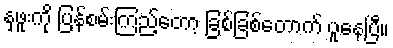
နှဖူးကို ပြန်စမ်းကြည့်တော့ ခြစ်ခြစ်တောက် ပူနေပြီ။